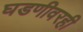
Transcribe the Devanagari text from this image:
घडणीवरही